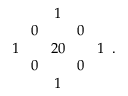
\begin{array} { c c c c c } { { } } & { { } } & { { 1 } } & { { } } & { { } } \\ { { } } & { { 0 \! } } & { { } } & { { \! 0 } } & { { } } \\ { { 1 \! } } & { { \! } } & { { 2 0 } } & { { \! } } & { { \! 1 } } \\ { { } } & { { 0 \! } } & { { } } & { { \! 0 } } & { { } } \\ { { } } & { { } } & { { 1 } } & { { } } & { { } } \end{array} .